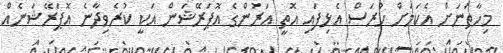
މިހާތަނަށް އެކަމަށް ހުރަސް އެޅިފައި އޮތީ އަރުންގެ އޮޕަރޭޝަން އަކީ ކުރެވިދާނެ އޮޕަރޭޝަނެއް